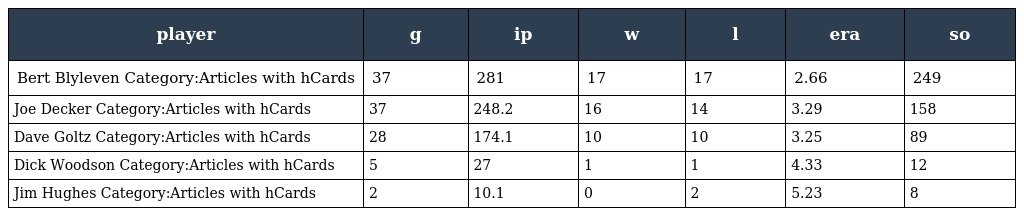
| player | g | ip | w | l | era | so |
 | --- | --- | --- | --- | --- | --- | --- |
 | Bert Blyleven Category:Articles with hCards | 37 | 281 | 17 | 17 | 2.66 | 249 |
 | Joe Decker Category:Articles with hCards | 37 | 248.2 | 16 | 14 | 3.29 | 158 |
 | Dave Goltz Category:Articles with hCards | 28 | 174.1 | 10 | 10 | 3.25 | 89 |
 | Dick Woodson Category:Articles with hCards | 5 | 27 | 1 | 1 | 4.33 | 12 |
 | Jim Hughes Category:Articles with hCards | 2 | 10.1 | 0 | 2 | 5.23 | 8 |